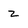
Character: z